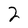
Character: 2